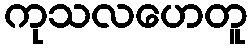
ကုသလဟေတူ